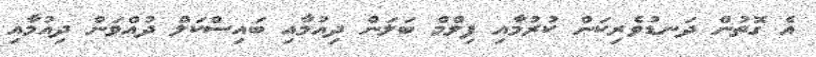
އެ ގޮތުން ދަނޑުވެރިކަން ކުރުމާއި ފިލްމް ބަލަން ދިއުމާއި ބައިސްކަލް ދުއްވަން ދިއުމާއި